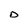
Character: D